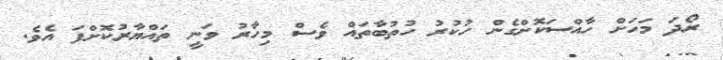
ރޯދަ މަހަށް ހާއްސަކޮށްގެން ހުކުރު ހުތުބާތައް ވެސް މިހާރު ވަނީ ތައްޔާރުކޮށްފަ އެވެ.